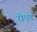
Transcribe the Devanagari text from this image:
रोएट